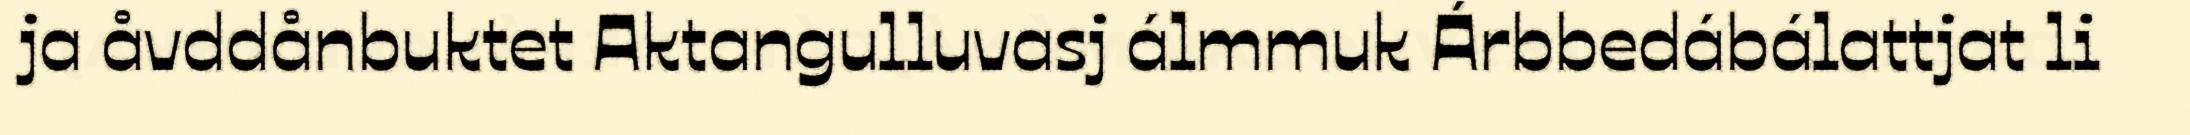
ja åvddånbuktet Aktangulluvasj álmmuk Árbbedábálattjat li